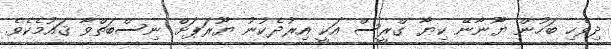
ދިވެހި ބަހުން ޔޫނާނޭ ކިޔާ ގްރީސް އަކީ އިރުދެކުނު ޔޫރަޕަށް ނިސްބަތްވާ ޤައުމެކެވެ.